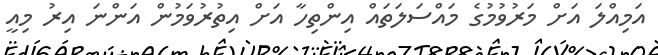
އަމިއްލަ އަށް މަރުވުމުގެ މައްސަލަތައް އިންތިހާ އަށް އިތުރުވަމުން އަންނަ އިރު މިއީ